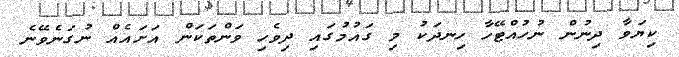
ކިޔަވާ ދިނުން ނުހުއްޓޭހާ ހިނދަކު މި ގައުުމުގައި ދިވެހި ވަންތަކަން އަށައެއް ނުގަނެވޭނެ